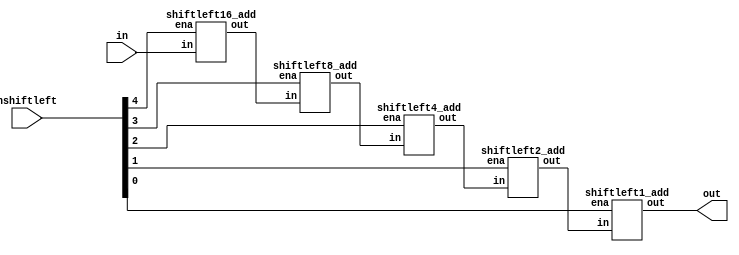
module shiftleft_add(in, nshiftleft, out);

input	[24:0]	in;
input	[4:0]	nshiftleft;
output	[24:0]	out;

wire	[24:0]	temp1, temp2, temp3, temp4;

shiftleft16_add shift_1(.in(in), .ena(nshiftleft[4]), .out(temp1));
shiftleft8_add  shift_2(.in(temp1), .ena(nshiftleft[3]), .out(temp2));
shiftleft4_add  shift_3(.in(temp2), .ena(nshiftleft[2]), .out(temp3));
shiftleft2_add  shift_4(.in(temp3), .ena(nshiftleft[1]), .out(temp4));
shiftleft1_add  shift_5(.in(temp4), .ena(nshiftleft[0]), .out(out));

endmodule

/////////////////////////////////////////////////////////////////////

module	shiftleft16_add(in, ena, out);

input	[24:0]	in;
input			ena;
output	[24:0]	out;

assign out = ena?{in[8:0],16'b0}:in;
endmodule

module	shiftleft8_add(in, ena, out);

input	[24:0]	in;
input			ena;
output	[24:0]	out;

assign out = ena?{in[16:0],8'b0}:in;
endmodule

/////////////////////////////////////////////////////////////////////

module	shiftleft4_add(in, ena, out);

input	[24:0]	in;
input			ena;
output	[24:0]	out;

assign out = ena?{in[20:0],4'b0}:in;
endmodule

/////////////////////////////////////////////////////////////////////

module	shiftleft2_add(in, ena, out);

input	[24:0]	in;
input			ena;
output	[24:0]	out;

assign out = ena?{in[22:0],2'b0}:in;
endmodule

/////////////////////////////////////////////////////////////////////

module	shiftleft1_add(in, ena, out);

input	[24:0]	in;
input			ena;
output	[24:0]	out;

assign out = ena?{in[23:0],1'b0}:in;
endmodule